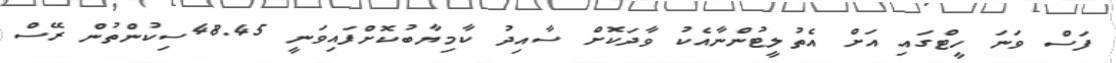
ފަސް ވަނަ ހީޓްގައި އަށް އެތުލީޓުންނާއެކު ވާދަކޮށް ސާއިދު ކާމިޔާބުކޮށްފައިވަނީ 48.45ސިކުންތުން ރޭސް